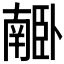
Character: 𦣰